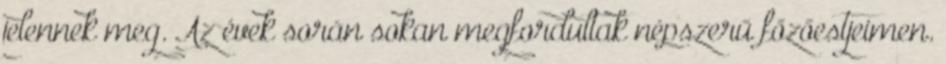
jelennek meg. Az évek során sokan megfordultak népszerű főzőestjeimen.